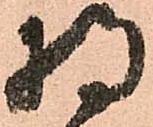
将